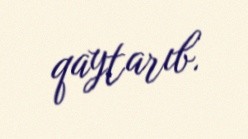
qaytarıb.